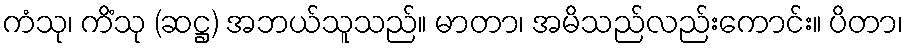
ကံသု၊ ကိံသု (ဆဋ္ဌ) အဘယ်သူသည်။ မာတာ၊ အမိသည်လည်းကောင်း။ ပိတာ၊